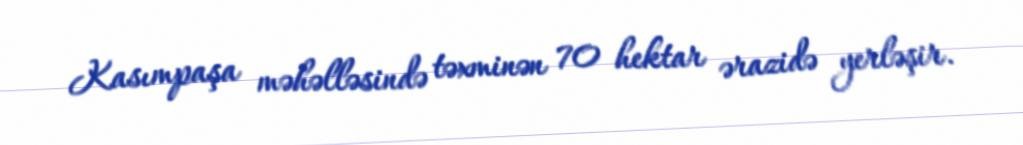
Kasımpaşa məhəlləsində təxminən 70 hektar ərazidə yerləşir.